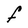
Character: F